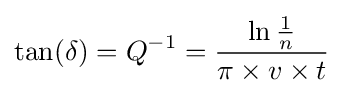
\tan(\delta )=Q^{-1}={\frac {\ln {\frac {1}{n}}}{\pi \times v\times t}}